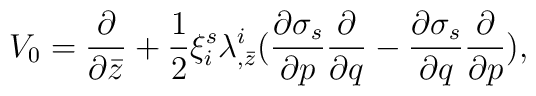
V_0 = {\partial \over \partial \bar z} + {1\over 2} \xi^s_i\lambda^i_{,\bar z}({\partial \sigma_s \over \partial p}{\partial \over \partial q} - {\partial \sigma_s \over \partial q}{\partial \over  \partial p}),